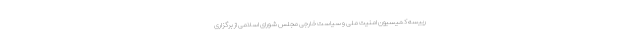
رییسه کمیسیون امنیت ملی و سیاست خارجی مجلس شورای اسلامی از برگزاری